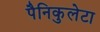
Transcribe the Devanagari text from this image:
पैनिकुलेटा